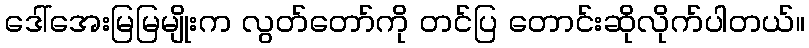
ဒေါ်အေးမြမြမျိုးက လွတ်တော်ကို တင်ပြ တောင်းဆိုလိုက်ပါတယ်။